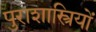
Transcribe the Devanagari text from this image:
पुराशास्त्रियों